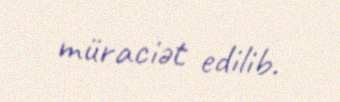
müraciət edilib.